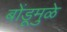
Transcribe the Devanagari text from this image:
बोंडूमुळे